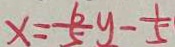
x = \frac { 6 } { 5 } y - \frac { 1 } { 5 }